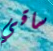
ساقي